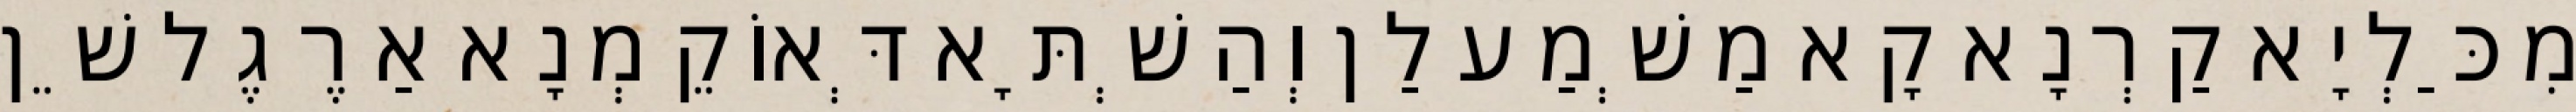
מִכַּלְיָא קַרְנָא קָא מַשְׁמַע לַן וְהַשְׁתָּא דְּאוֹקֵמְנָא אַרֶגֶל שֵׁן